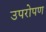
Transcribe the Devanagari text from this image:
उपरोपण